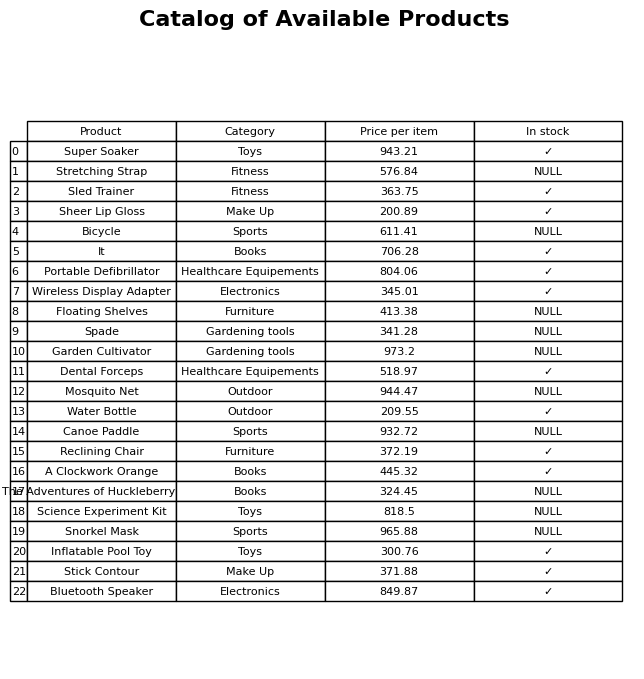
question: Is the Wireless Display Adapter in stock?
answer: ✓